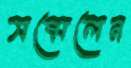
সম্মেলেন